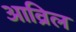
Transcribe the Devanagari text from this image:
आव्रिल